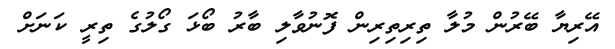
އޭރިޔާ ބޭރުން މުލާ ތިރިތިރިން ފޮނުވާލި ބާރު ބޯޅަ ގޯލުގެ ތިރީ ކަނަށް